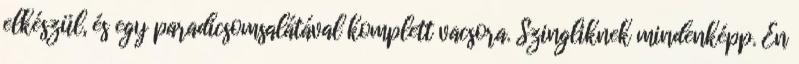
elkészül, és egy paradicsomsalátával komplett vacsora. Szingliknek mindenképp. Én